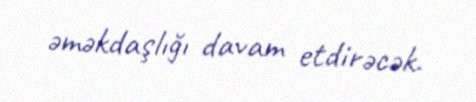
əməkdaşlığı davam etdirəcək.